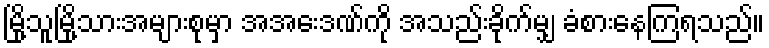
မြို့သူမြို့သားအများစုမှာ အအေးဒဏ်ကို အသည်းခိုက်မျှ ခံစားနေကြရသည်။